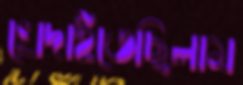
খেদাইতেছিলাম